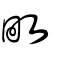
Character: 畋